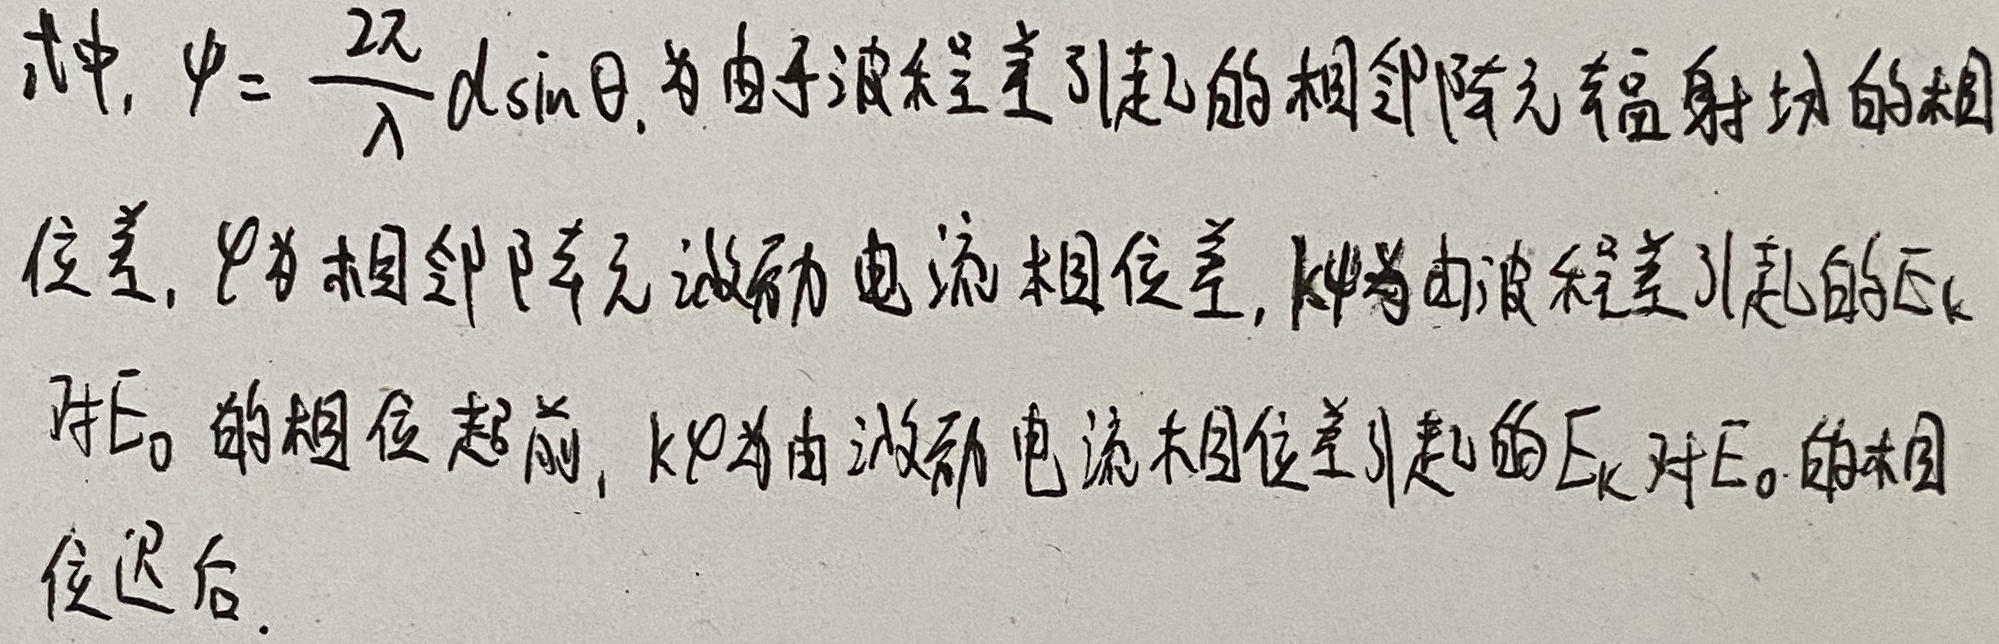
式中，\(\psi = \frac{2\pi}{\lambda}d\sin\theta\)，为由于波程差引起的相邻阵元辐射场的相位差，\(\varphi\)为相邻阵元激励电流相位差，\(k\psi\)为由波程差引起的\(E_{k}\)对\(E_{0}\)的相位超前，\(k\varphi\)为由激励电流相位差引起的\(E_{k}\)对\(E_{0}\)的相位迟后。